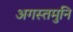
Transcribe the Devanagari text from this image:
अगस्तमुनि